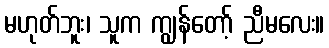
မဟုတ်ဘူး၊ သူက ကျွန်တော့် ညီမလေး။